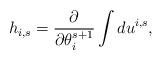
\begin{align*}h_{i,s} = \frac{\partial }{\partial \theta_i^{s+1}} \int du^{i,s},\end{align*}